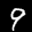
Label: 9